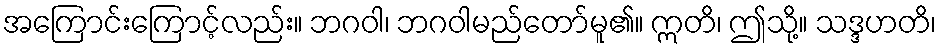
အကြောင်းကြောင့်လည်း။ ဘဂဝါ၊ ဘဂဝါမည်တော်မူ၏။ ဣတိ၊ ဤသို့။ သဒ္ဒဟတိ၊